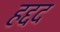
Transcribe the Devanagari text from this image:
हद्दद